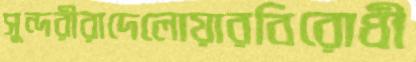
সুন্দরীরাদেলোয়ারবিরোধী